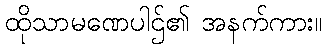
ထိုသာမဏေပါဌ်၏ အနက်ကား။